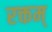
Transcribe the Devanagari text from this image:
रक्तम्